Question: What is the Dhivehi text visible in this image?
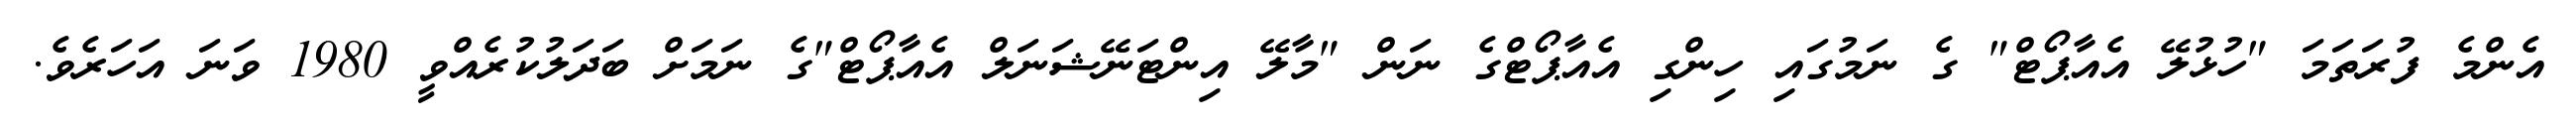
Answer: އެންމެ ފުރަތަމަ "ހުޅުލޭ އެއާޕޯޓް" ގެ ނަމުގައި ހިންގި އެއާޕޯޓްގެ ނަން "މާލޭ އިންޓަނޭޝަނަލް އެއާޕޯޓް"ގެ ނަމަށް ބަދަލުކުރެއްވީ 1980 ވަނަ އަހަރެވެ.